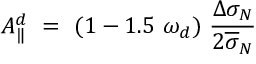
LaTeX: A _ { \| } ^ { d } ~ = ~ ( 1 - 1 . 5 ~ \omega _ { d } ) ~ \frac { \Delta \sigma _ { N } } { 2 { \overline { { \sigma } } _ { N } } }